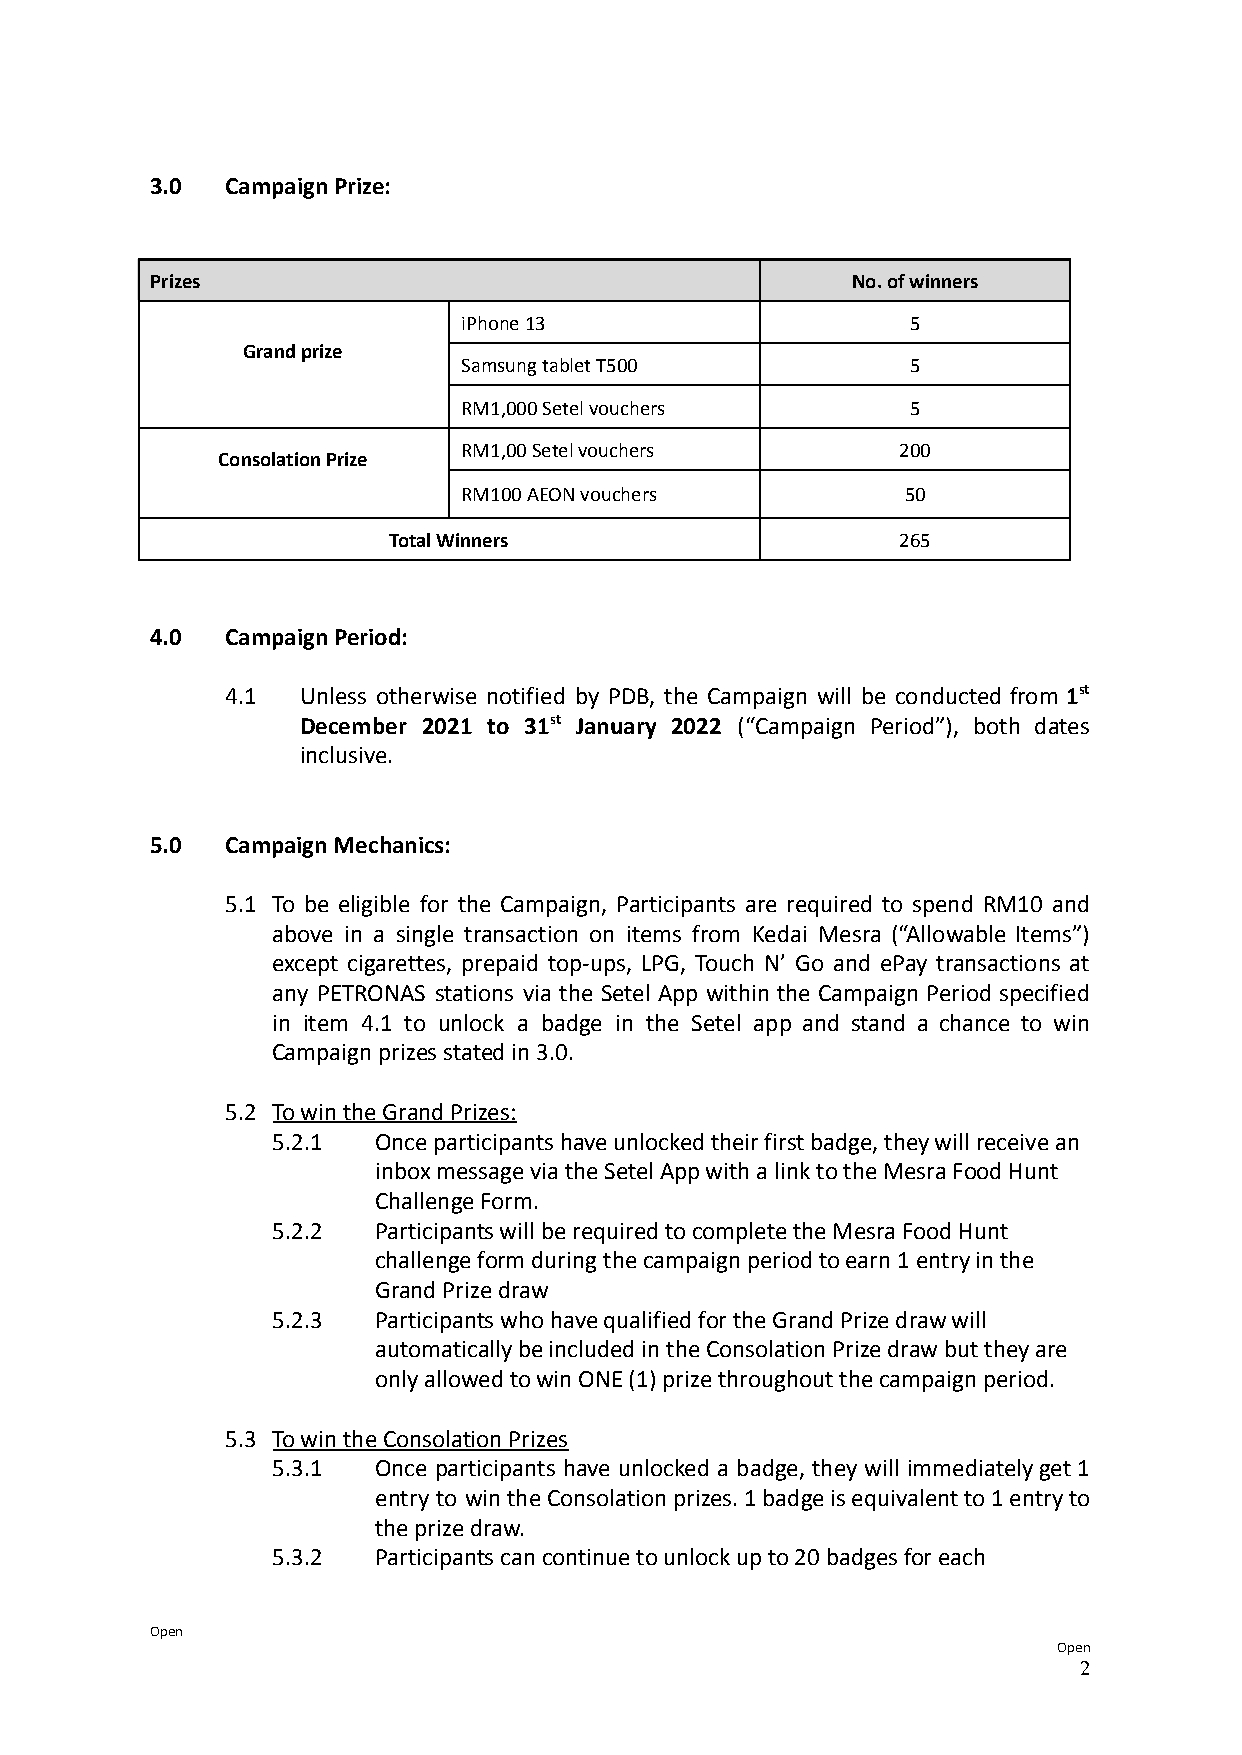
3.0  Campaign Prize:
 Prizes                                        No. of winners
 iPhone 13                    5
 Grand prize
 Samsung tablet T500          5
 RM1,000 Setel vouchers       5
 RM1,00 Setel vouchers        200
 Consolation Prize
 RM100 AEON vouchers          50
 Total Winners                     265
 4.0  Campaign Period:
 4.1  Unless otherwise notified by PDB, the Campaign will be conducted from 1st
 December 2021 to 31st January 2022 (“Campaign Period”), both dates
 inclusive.
 5.0  Campaign Mechanics:
 5.1 To be eligible for the Campaign, Participants are required to spend RM10 and
 above in a single transaction on items from Kedai Mesra (“Allowable Items”)
 except cigarettes, prepaid top-ups, LPG, Touch N’ Go and ePay transactions at
 any PETRONAS stations via the Setel App within the Campaign Period specified
 in item 4.1 to unlock a badge in the Setel app and stand a chance to win
 Campaign prizes stated in 3.0.
 5.2 To win the Grand Prizes:
 5.2.1  Once participants have unlocked their first badge, they will receive an
 inbox message via the Setel App with a link to the Mesra Food Hunt
 Challenge Form.
 5.2.2  Participants will be required to complete the Mesra Food Hunt
 challenge form during the campaign period to earn 1 entry in the
 Grand Prize draw
 5.2.3  Participants who have qualified for the Grand Prize draw will
 automatically be included in the Consolation Prize draw but they are
 only allowed to win ONE (1) prize throughout the campaign period.
 5.3 To win the Consolation Prizes
 5.3.1  Once participants have unlocked a badge, they will immediatelyget1
 entry to wintheConsolationprizes.1badgeisequivalentto1entryto
 the prize draw.
 5.3.2  Participants can continue to unlock up to 20 badges for each
 Open
 Open
 2